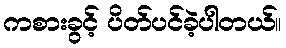
ကစားခွင့် ပိတ်ပင်ခဲ့ပါတယ်။